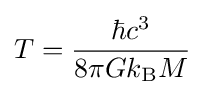
T={\frac {\hbar c^{3}}{8\pi Gk_{\text{B}}M}}\